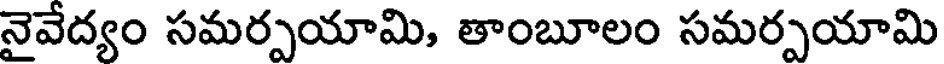
నైవేద్యం సమర్పయామి, తాంబూలం సమర్పయామి